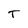
Character: T